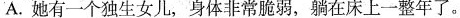
A.她有一个独生女儿，身体非常脆弱，躺在床上一整年了。